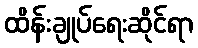
ထိန်းချုပ်ရေးဆိုင်ရာ